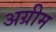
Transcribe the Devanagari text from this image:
अग्रीम